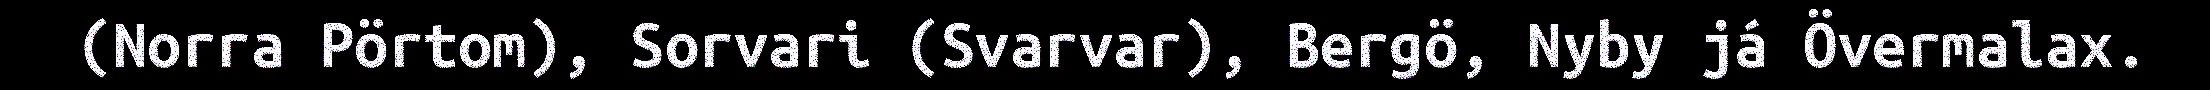
(Norra Pörtom), Sorvari (Svarvar), Bergö, Nyby já Övermalax.